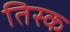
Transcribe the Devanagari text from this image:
तिस्क